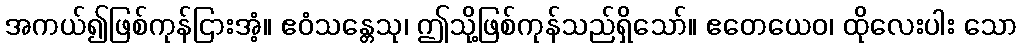
အကယ်၍ဖြစ်ကုန်ငြားအံ့။ ဧဝံသန္တေသု၊ ဤသို့ဖြစ်ကုန်သည်ရှိသော်။ ဧတေယေဝ၊ ထိုလေးပါး သော